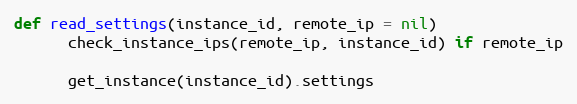
Language: Ruby
def read_settings(instance_id, remote_ip = nil)
      check_instance_ips(remote_ip, instance_id) if remote_ip

      get_instance(instance_id).settings